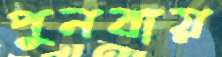
পুনবায়